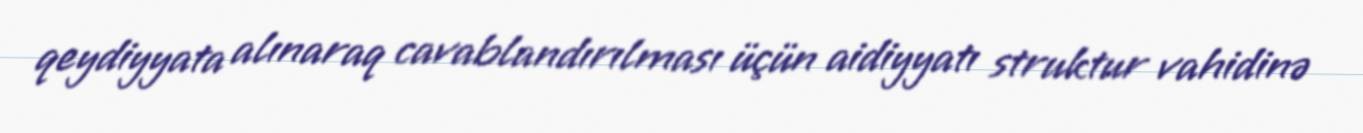
qeydiyyata alınaraq cavablandırılması üçün aidiyyatı struktur vahidinə